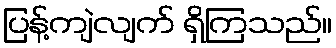
ပြန့်ကျဲလျက် ရှိကြသည်။